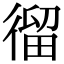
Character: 𢕍